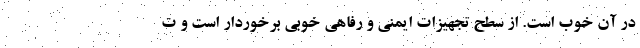
در آن خوب است. از سطح تجهیزات ایمنی و رفاهی خوبی برخوردار است و ت